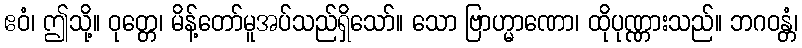
ဧဝံ၊ ဤသို့။ ဝုတ္တေ၊ မိန့်တော်မူအပ်သည်ရှိသော်။ သော ဗြာဟ္မာဏော၊ ထိုပုဏ္ဏားသည်။ ဘဂဝန္တံ၊